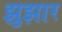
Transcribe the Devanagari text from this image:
झुझार